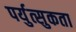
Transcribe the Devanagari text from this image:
पर्युत्सुकता